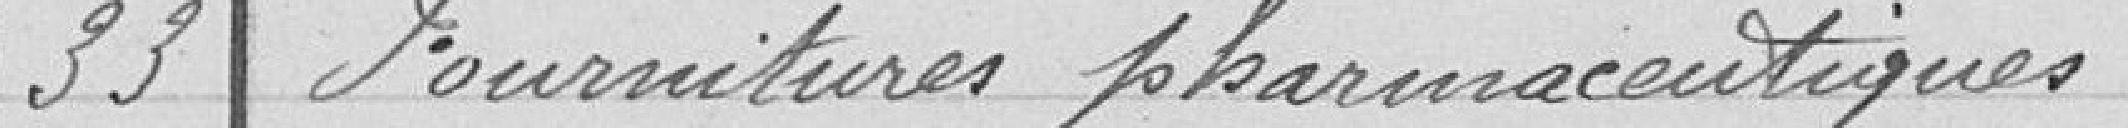
33 Fournitures pharmaceutiques